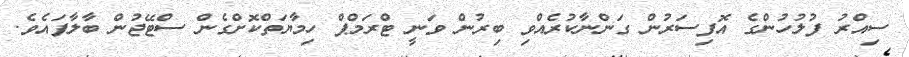
ސިއްރު ފުލުހުންގެ އޮފިސަރުން ގަންނާކުރެއްވި ބިރުން ވަނީ ޓްރަމްޕް ހިމާޔަތްކޮށްގެން ސްޓޭޖުން ބާލާފައެވެ.